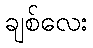
ချစ်လေး